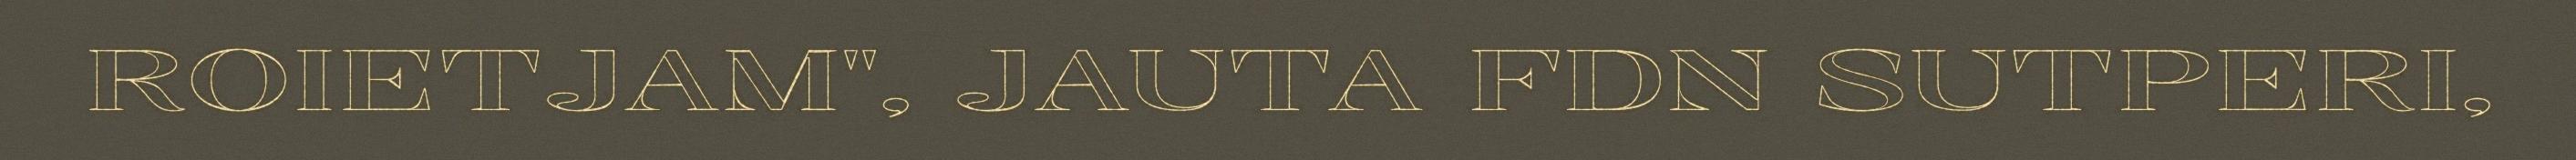
ROIETJAM", JAUTA FDN SUTPERI,